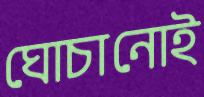
ঘোচানোই